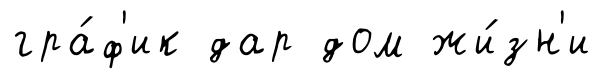
гра́ф'ик дар дом жи́зн'и